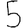
Digit: 5